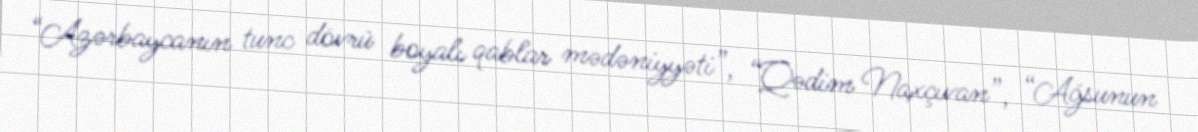
“Azərbaycanın tunc dövrü boyalı qablar mədəniyyəti”, “Qədim Naxçıvan”, “Ağsunun